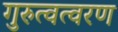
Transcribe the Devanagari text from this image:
गुरुत्वत्वरण